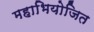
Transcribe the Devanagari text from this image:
महाभियोजित